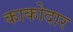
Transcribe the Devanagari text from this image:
काकोदार